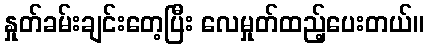
နှုတ်ခမ်းချင်းတေ့ပြီး လေမှုတ်ထည့်ပေးတယ်။